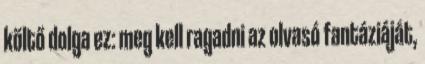
költő dolga ez: meg kell ragadni az olvasó fantáziáját,